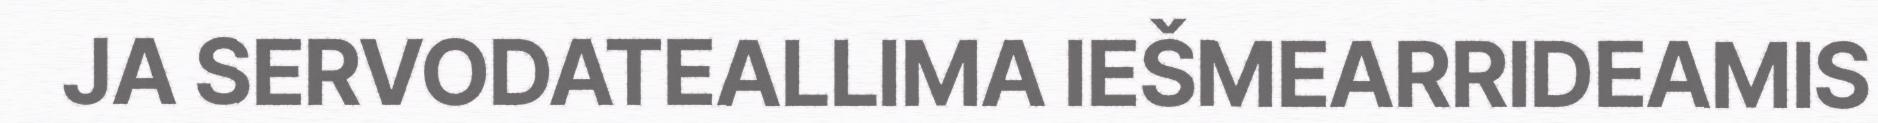
JA SERVODATEALLIMA IEŠMEARRIDEAMIS